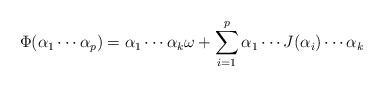
LaTeX: \begin{align*}\Phi(\alpha_1\cdots\alpha_p)=\alpha_1\cdots\alpha_k\omega+\sum_{i=1}^p \alpha_1\cdots J(\alpha_i)\cdots \alpha_k\end{align*}